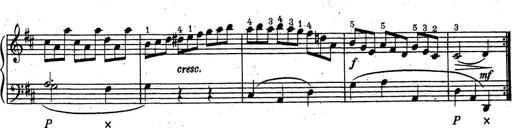
Title: ÄŒeskÃ© Sonatiny
Composer: Various